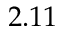
2 . 1 1